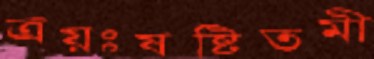
ত্রয়ঃষষ্টিতমী